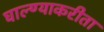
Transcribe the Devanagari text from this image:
घाल्ण्याकरीता